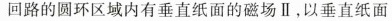
回路的圆环区域内有垂直纸面的磁场Ⅱ，以垂直纸面